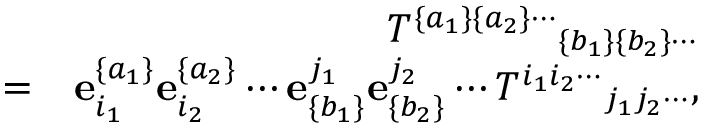
\begin{array} { r l r } & { } & { { T ^ { \{ a _ { 1 } \} \{ a _ { 2 } \} \cdots } } _ { \{ b _ { 1 } \} \{ b _ { 2 } \} \cdots } } \\ & { = } & { { \bf e } _ { i _ { 1 } } ^ { \{ a _ { 1 } \} } { \bf e } _ { i _ { 2 } } ^ { \{ a _ { 2 } \} } \cdots { \bf e } _ { \{ b _ { 1 } \} } ^ { j _ { 1 } } { \bf e } _ { \{ b _ { 2 } \} } ^ { j _ { 2 } } \cdots { T ^ { i _ { 1 } i _ { 2 } \cdots } } _ { j _ { 1 } j _ { 2 } \cdots } , } \end{array}